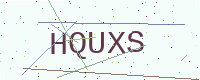
Text: HQUXS